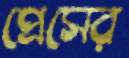
প্রেসের